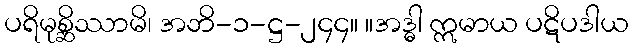
ပရိမုစ္ဆိဿာမိ၊ အဘိ-၁-ဋ္ဌ-၂၄၄။ ။အဒ္ဓါ ဣမာယ ပဋိပဒါယ